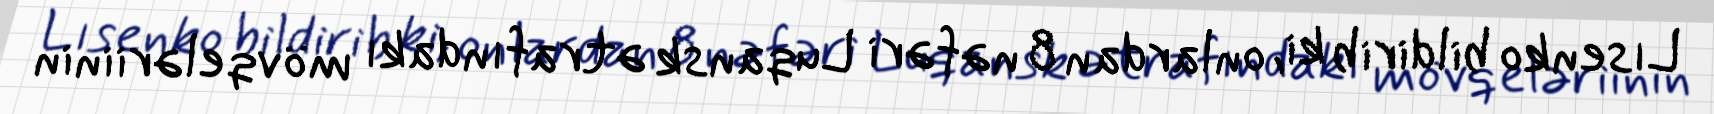
Lısenko bildirib ki, onlardan 8 nəfəri Luqansk ətrafındakı mövqeləriinin